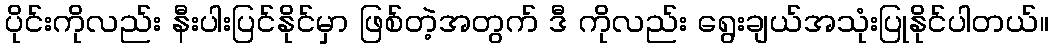
ပိုင်းကိုလည်း နီးပါးပြင်နိုင်မှာ ဖြစ်တဲ့အတွက် ဒီ ကိုလည်း ရွေးချယ်အသုံးပြုနိုင်ပါတယ်။